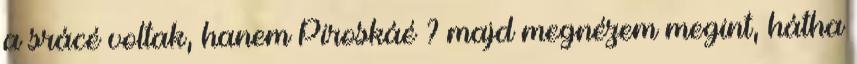
a srácé voltak, hanem Piroskáé ? majd megnézem megint, hátha